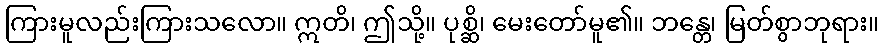
ကြားမူလည်းကြားသလော။ ဣတိ၊ ဤသို့။ ပုစ္ဆိ၊ မေးတော်မူ၏။ ဘန္တေ၊ မြတ်စွာဘုရား။